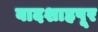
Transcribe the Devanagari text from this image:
बादशाहपूर